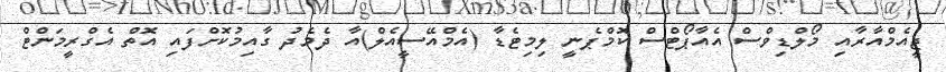
ޖީއެމްއާރާއި މޯލްޑިވްސް އެއާޕޯޓްސް ކޮމްޕެނީ ލިމިޓެޑާ (އެމްއޭސީއެލް)އާ ދެމެދު ގާއިމުކޮށްފައި އޮތް އެގްރީމަންޓް